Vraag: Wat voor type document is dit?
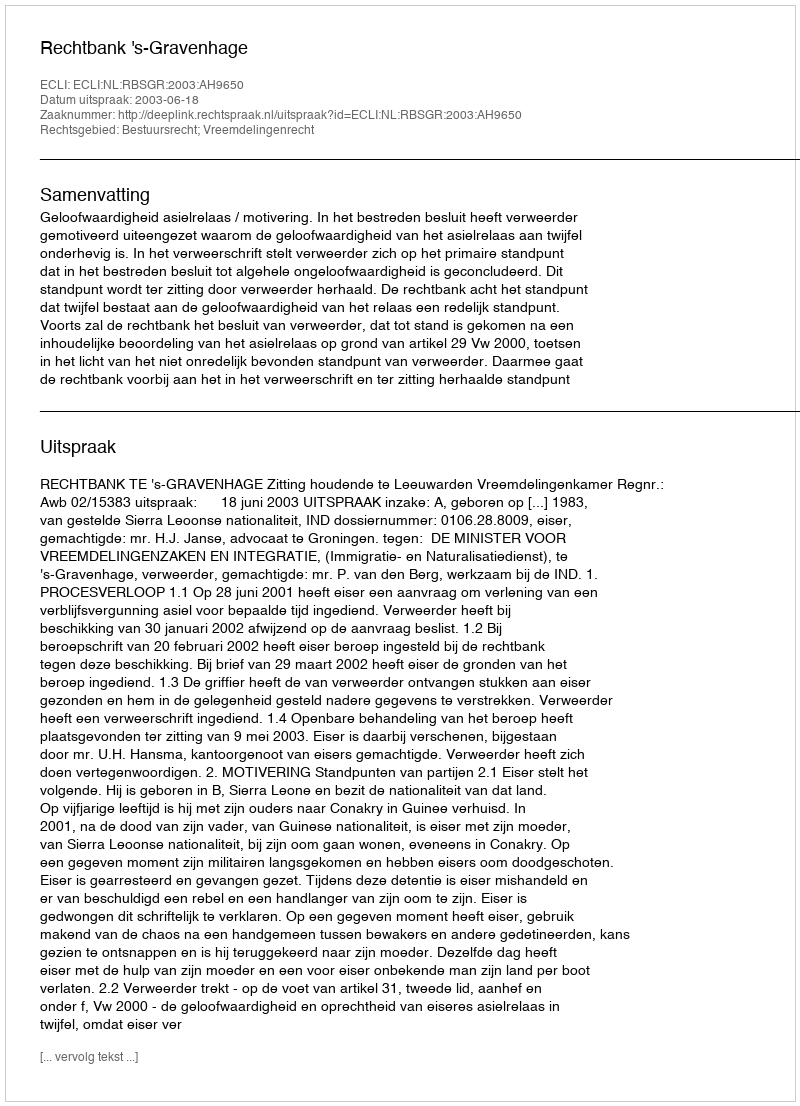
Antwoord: Uitspraak